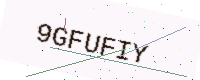
Text: 9GFUFIY